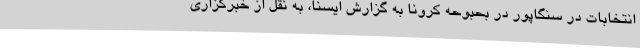
انتخابات در سنگاپور در بحبوحه کرونا به گزارش ایسنا، به نقل از خبرگزاری